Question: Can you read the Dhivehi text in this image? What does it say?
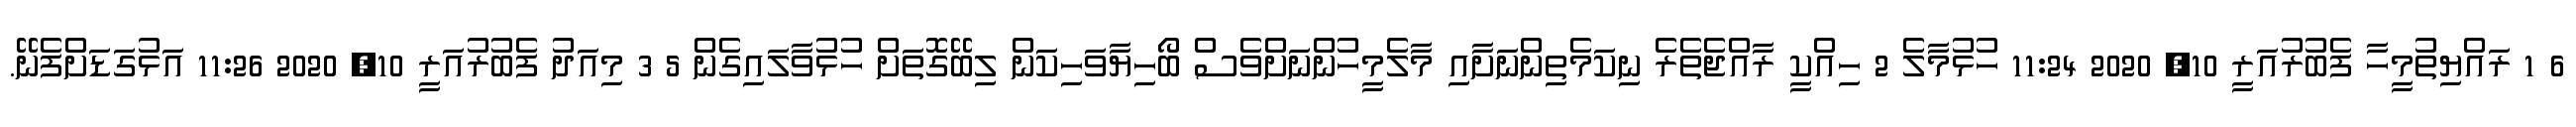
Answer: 6 1 ރައްޔިތުމީހާ ފެބުރުއަރީ 10, 2020 11:24 ހުޅުމާލެ 2 ހިއްކީ ރާއްޖެތެރެ ނިކަމެތިންނަށާއި މާލެމީހުންނަށްވެސް ބޯހިޔާވަހިކަން ލިބޭގޮތަށް ހުޅުވާލައިގެން 5 3 މިއަދު ފެބުރުއަރީ 10, 2020 11:26 އަޅުގަޑަށްފެނޭ.